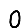
Digit: 0